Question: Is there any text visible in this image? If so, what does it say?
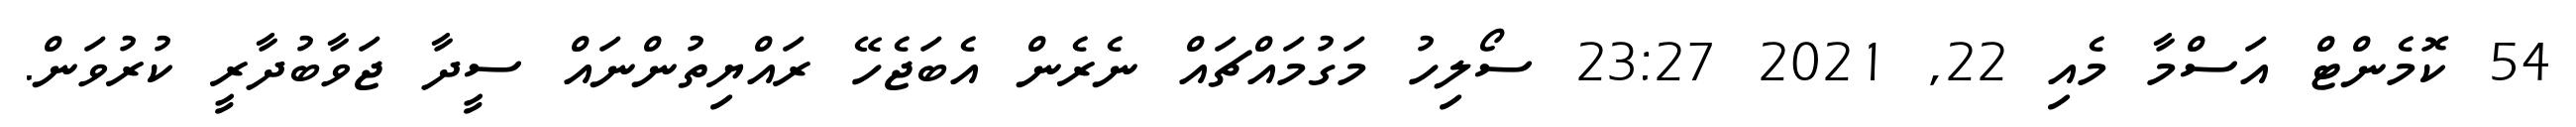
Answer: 54 ކޮމެންޓް އަސްމާ މެއި 22, 2021 23:27 ސޯލިހު މަގުމައްޗައް ނެރެން އެބަޖެހޭ ރައްޔިތުންނައް ސީދާ ޖަވާބުދާރީ ކުރުވަން.